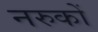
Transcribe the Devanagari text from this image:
नरुकों